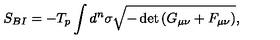
S _ { B I } = - T _ { p } \int d ^ { n } \sigma \sqrt { - \det { \left( G _ { \mu \nu } + F _ { \mu \nu } \right) } } ,